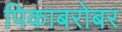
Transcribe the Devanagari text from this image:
पिकाबरोबर